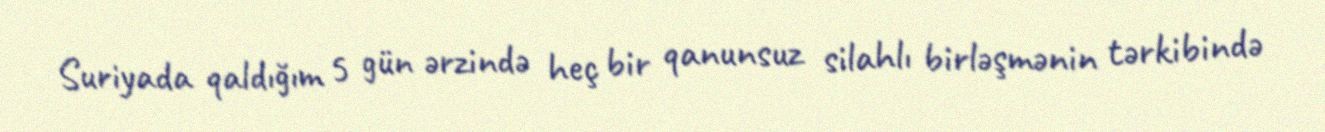
Suriyada qaldığım 5 gün ərzində heç bir qanunsuz silahlı birləşmənin tərkibində